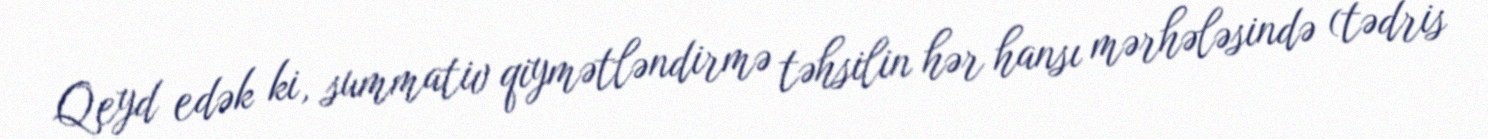
Qeyd edək ki, summativ qiymətləndirmə təhsilin hər hansı mərhələsində (tədris